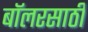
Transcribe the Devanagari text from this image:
बॉलरसाठी